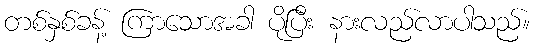
တစ်နှစ်ခန့် ကြာသောအခါ ပိုပြီး နားလည်လာပါသည်။